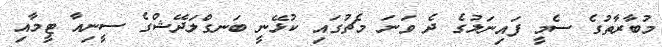
މުބާރާތުގެ ސެމީ ފައިނަލުގެ ދެ ވަނަ މެޗުގައި ކުޅޭނީ ބަނގްލަދޭޝްގެ ސީނިއާ ޓީމާއި